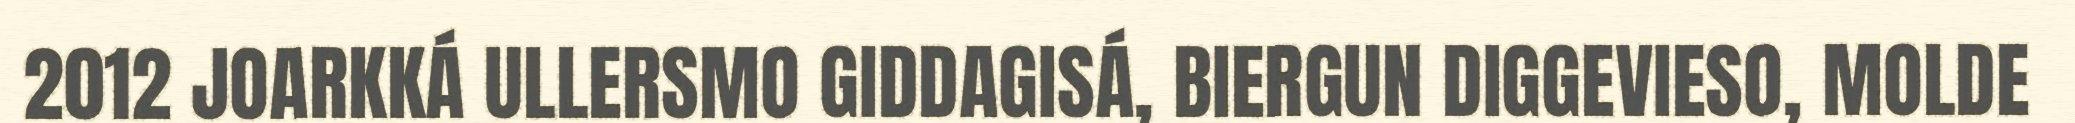
2012 JOARKKÁ ULLERSMO GIDDAGISÁ, BIERGUN DIGGEVIESO, MOLDE